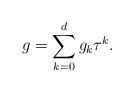
LaTeX: \begin{align*}g=\sum_{k=0}^dg_k\tau^k.\end{align*}